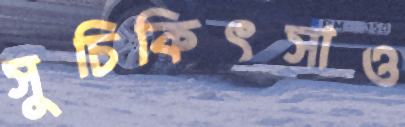
সুচিকিৎসাও